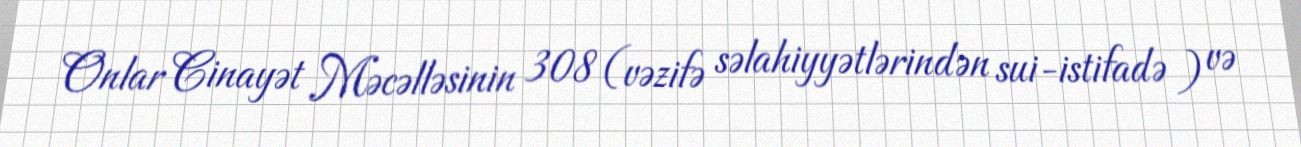
Onlar Cinayət Məcəlləsinin 308 (vəzifə səlahiyyətlərindən sui-istifadə ) və